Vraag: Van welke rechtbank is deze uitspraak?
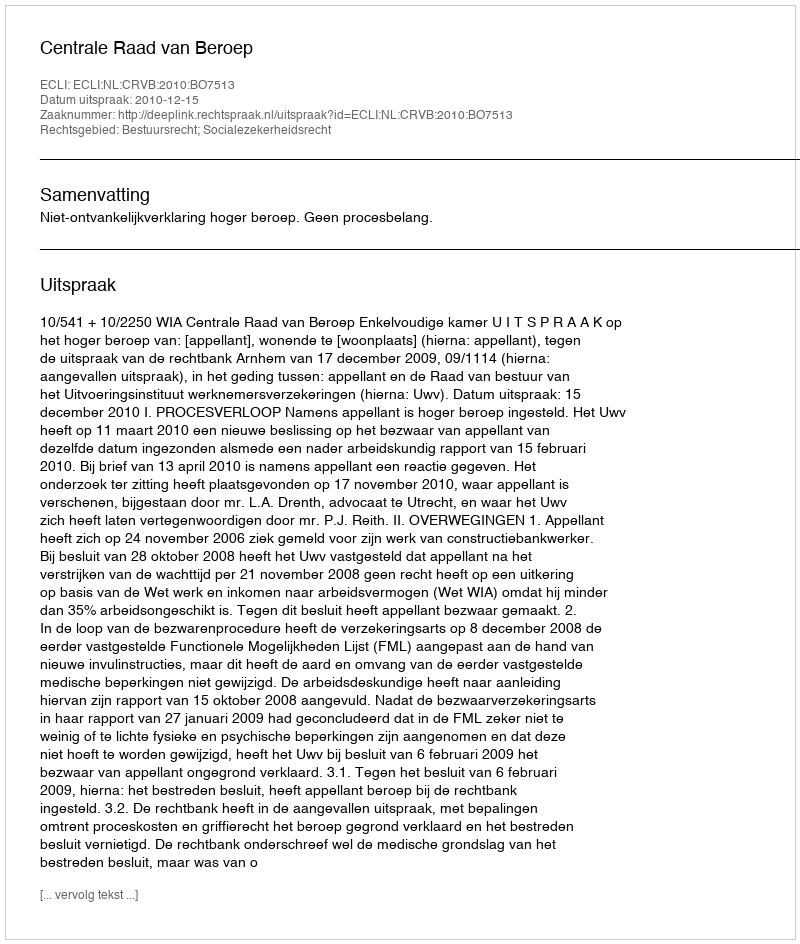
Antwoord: Centrale Raad van Beroep